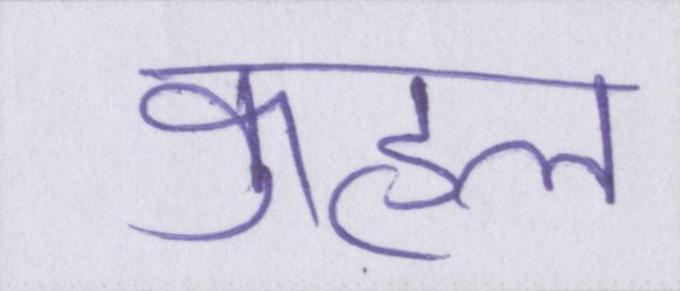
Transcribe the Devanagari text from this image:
कुहल